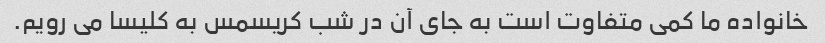
خانواده ما کمی متفاوت است به جای آن در شب کریسمس به کلیسا می رویم.